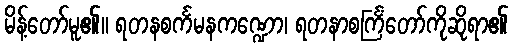
မိန့်တော်မူ၏။ ရတနစင်္ကမနကဏ္ဍော၊ ရတနာစင်္ကြံတော်ကိုဆိုရာ၏